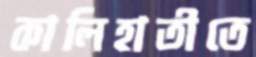
কালিহাতীতে